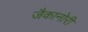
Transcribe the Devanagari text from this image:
जैकानोरी